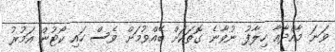
ވަނަ މާއްދާއާ ހިލާފު ނުވާނެ ގޮތަކަށް ބޭއްވުމަށް ވެސް ހައި ކޯޓުން އަމުރު